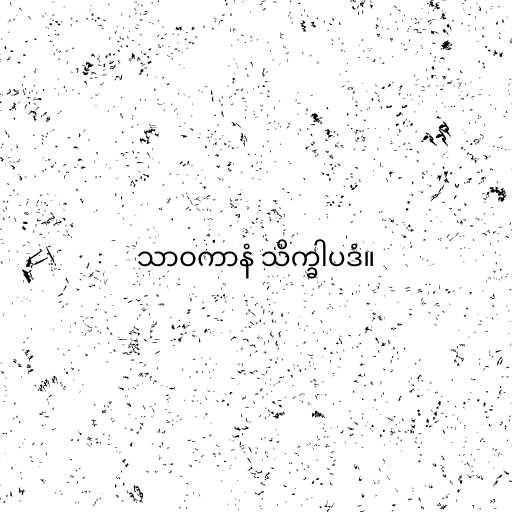
သာဝကာနံ သိက္ခါပဒံ။